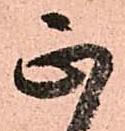
正